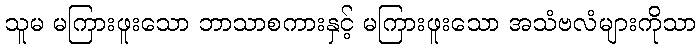
သူမ မကြားဖူးသော ဘာသာစကားနှင့် မကြားဖူးသော အသံဗလံများကိုသာ